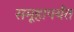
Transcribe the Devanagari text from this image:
समूहापर्यंत